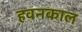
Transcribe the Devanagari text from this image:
हवनकाल